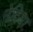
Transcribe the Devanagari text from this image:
नेदिया